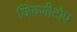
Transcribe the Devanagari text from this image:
जिवणीटोप